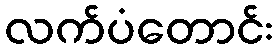
လက်ပံတောင်း